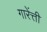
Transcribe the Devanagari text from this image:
गारेंत्ती